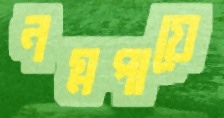
নগ্নপায়ে